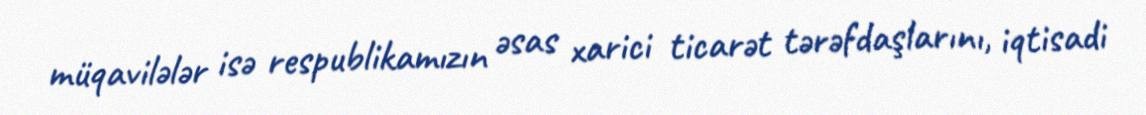
müqavilələr isə respublikamızın əsas xarici ticarət tərəfdaşlarını, iqtisadi